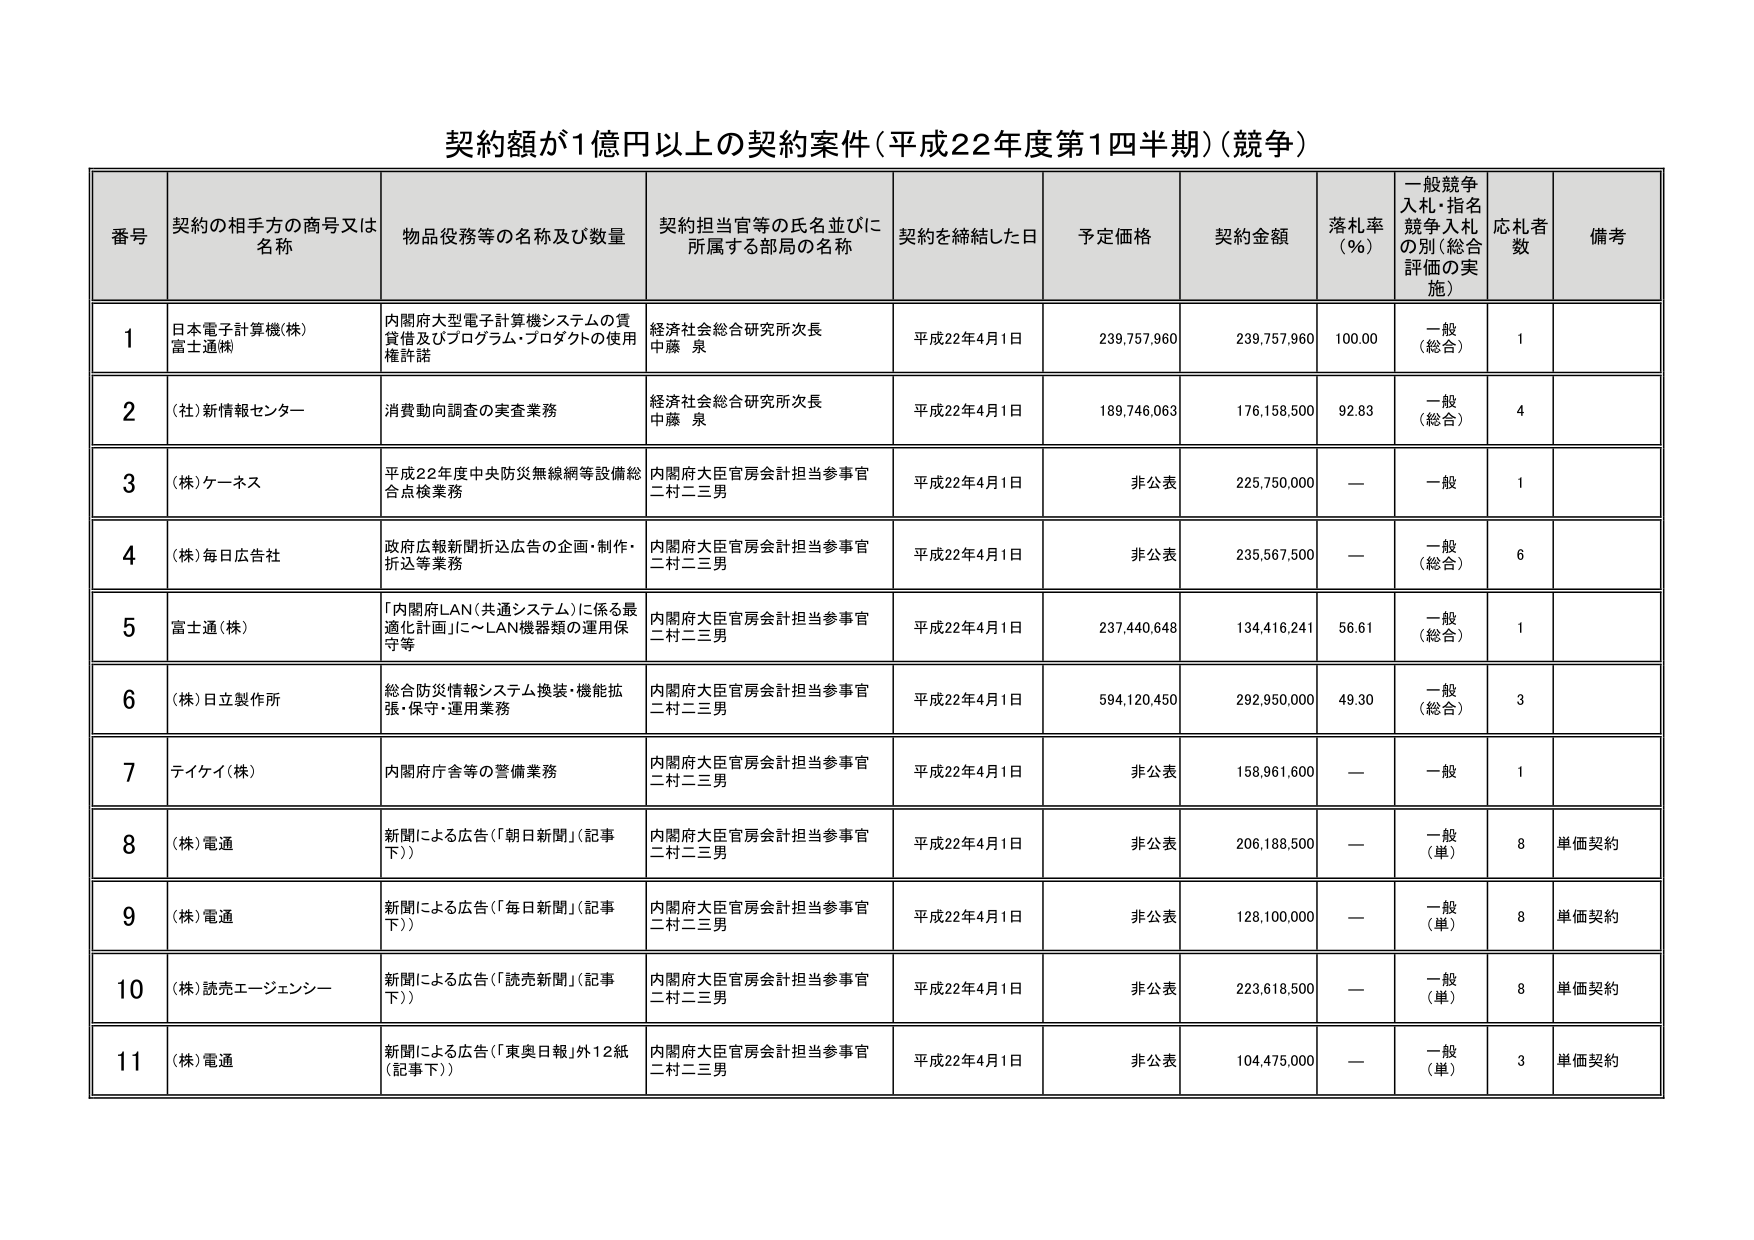
契約額が1億円以上の契約案件（平成22年度第1四半期）（競争）

番号 契約の相手方の商号又は名称 物品役務等の名称及び数量 契約担当官等の氏名並びに所属する部局の名称 契約を締結した日 予定価格 契約金額 落札率（％） 一般競争入札・指名競争入札の別（総合評価の実施） 応札者数 備考

1 日本電子計算機(株) 富士通㈱ 内閣府大型電子計算機システムの賃貸借及びプログラム・プロダクトの使用権許諾 経済社会総合研究所次長 中藤 泉 平成22年4月1日 239,757,960 239,757,960 100.00 一般（総合） 1

2 (社)新情報センター 消費動向調査の実査業務 経済社会総合研究所次長 中藤 泉 平成22年4月1日 189,746,063 176,158,500 92.83 一般（総合） 4

3 (株)ケーネス 平成22年度中央防災無線網等設備総合点検業務 内閣府大臣官房会計担当参事官 二村二三男 平成22年4月1日 非公表 225,750,000 — 一般 1

4 (株)毎日広告社 政府広報新聞折込広告の企画・制作・折込等業務 内閣府大臣官房会計担当参事官 二村二三男 平成22年4月1日 非公表 235,567,500 — 一般（総合） 6

5 富士通(株) 「内閣府LAN（共通システム）に係る最適化計画」に～LAN機器類の運用保守等 内閣府大臣官房会計担当参事官 二村二三男 平成22年4月1日 237,440,648 134,416,241 56.61 一般（総合） 1

6 (株)日立製作所 総合防災情報システム換装・機能拡張・保守・運用業務 内閣府大臣官房会計担当参事官 二村二三男 平成22年4月1日 594,120,450 292,950,000 49.30 一般（総合） 3

7 テイケイ(株) 内閣府庁舎等の警備業務 内閣府大臣官房会計担当参事官 二村二三男 平成22年4月1日 非公表 158,961,600 — 一般 1

8 (株)電通 新聞による広告（「朝日新聞」（記事下）） 内閣府大臣官房会計担当参事官 二村二三男 平成22年4月1日 非公表 206,188,500 — 一般（単） 8 単価契約

9 (株)電通 新聞による広告（「毎日新聞」（記事下）） 内閣府大臣官房会計担当参事官 二村二三男 平成22年4月1日 非公表 128,100,000 — 一般（単） 8 単価契約

10 (株)読売エージェンシー 新聞による広告（「読売新聞」（記事下）） 内閣府大臣官房会計担当参事官 二村二三男 平成22年4月1日 非公表 223,618,500 — 一般（単） 8 単価契約

11 (株)電通 新聞による広告（「東奥日報」外12紙（記事下）） 内閣府大臣官房会計担当参事官 二村二三男 平成22年4月1日 非公表 104,475,000 — 一般（単） 3 単価契約